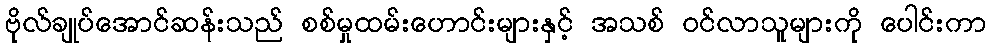
ဗိုလ်ချုပ်အောင်ဆန်းသည် စစ်မှုထမ်းဟောင်းများနှင့် အသစ် ဝင်လာသူများကို ပေါင်းကာ